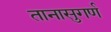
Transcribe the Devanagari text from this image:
तानासुगर्ण